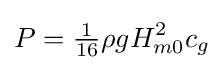
P={\tfrac {1}{16}}\rho gH_{m0}^{2}c_{g}